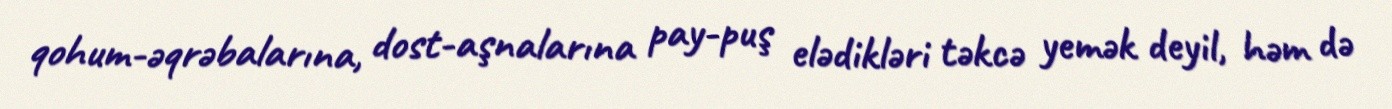
qohum-əqrəbalarına, dost-aşnalarına pay-puş elədikləri təkcə yemək deyil, həm də